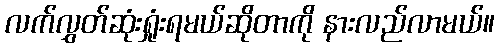
လက်လွှတ်ဆုံးရှုံးရမယ်ဆိုတာကို နားလည်လာမယ်။